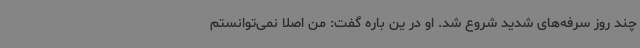
چند روز سرفه‌های شدید شروع شد. او در ین باره گفت: من اصلا نمی‌توانستم